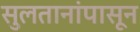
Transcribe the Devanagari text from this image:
सुलतानांपासून